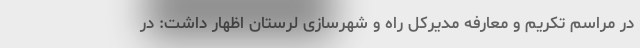
در مراسم تکریم و معارفه مدیرکل راه و شهرسازی لرستان اظهار داشت: در